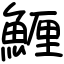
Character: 䱳